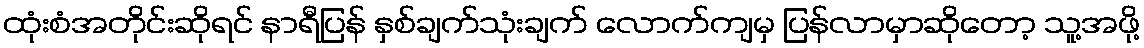
ထုံးစံအတိုင်းဆိုရင် နာရီပြန် နှစ်ချက်သုံးချက် လောက်ကျမှ ပြန်လာမှာဆိုတော့ သူ့အဖို့